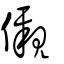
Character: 儭